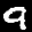
Label: 9